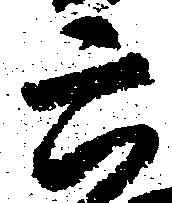
六